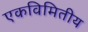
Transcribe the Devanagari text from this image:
एकविमितीय